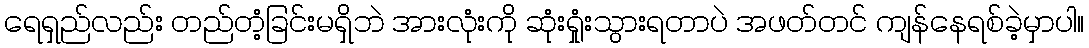
ရေရှည်လည်း တည်တံ့ခြင်းမရှိဘဲ အားလုံးကို ဆုံးရှုံးသွားရတာပဲ အဖတ်တင် ကျန်နေရစ်ခဲ့မှာပါ။